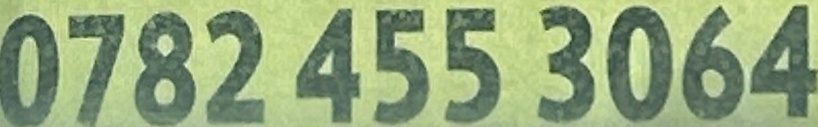
0782 455 3064